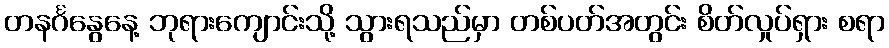
တနင်္ဂနွေနေ့ ဘုရားကျောင်းသို့ သွားရသည်မှာ တစ်ပတ်အတွင်း စိတ်လှုပ်ရှား စရာ